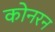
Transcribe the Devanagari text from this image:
कोनरन